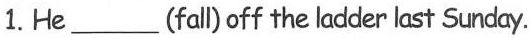
1. He___(fall)off the ladder last Sunday.